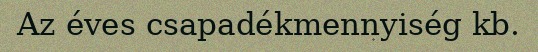
Az éves csapadékmennyiség kb.